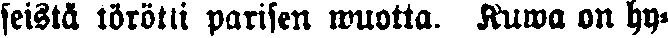
seistä törötti parisen wuotta. Kuwa on hy-